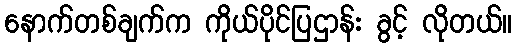
နောက်တစ်ချက်က ကိုယ်ပိုင်ပြဌာန်း ခွင့် လိုတယ်။